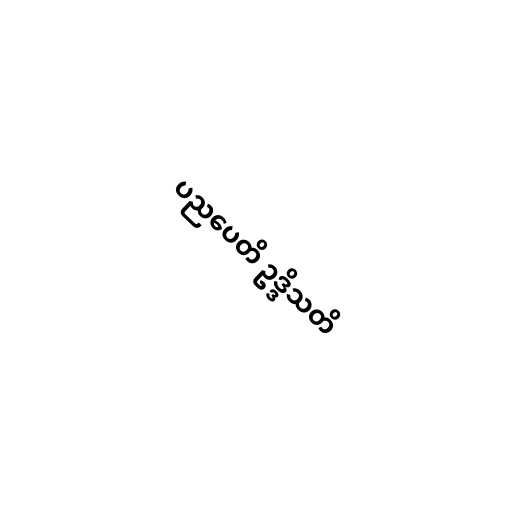
ပညပေတိ ဥဒ္ဒိသတိ